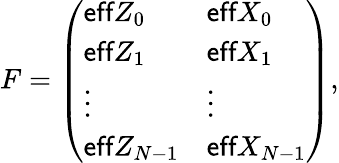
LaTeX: \begin{array}{r}{F=\left(\begin{array}{ll}{\textsf{eff}Z_{0}}&{\textsf{eff}X_{0}}\\ {\textsf{eff}Z_{1}}&{\textsf{eff}X_{1}}\\ {\vdots}&{\vdots}\\ {\textsf{eff}Z_{N-1}}&{\textsf{eff}X_{N-1}}\end{array}\right),}\end{array}